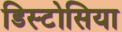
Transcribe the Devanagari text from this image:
डिस्टोसिया